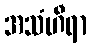
အသံဟီရာ